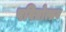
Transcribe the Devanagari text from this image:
पवित्रोत्सव